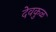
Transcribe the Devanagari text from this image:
देवकुळ